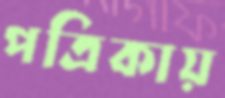
পত্রিকায়